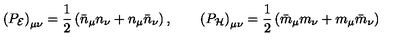
\left( P _ { \cal E } \right) _ { \mu \nu } = \frac { 1 } { 2 } \left( \bar { n } _ { \mu } n _ { \nu } + n _ { \mu } \bar { n } _ { \nu } \right) , \qquad \left( P _ { \cal H } \right) _ { \mu \nu } = \frac { 1 } { 2 } \left( \bar { m } _ { \mu } m _ { \nu } + m _ { \mu } \bar { m } _ { \nu } \right)